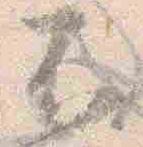
不